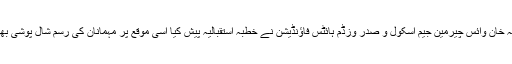
جناب سیف اللہ خان وائس چیرمین جیم اسکول و صدر وزڈم ہائٹس فاؤنڈیشن نے خطبہ استقبالیہ پیش کیا اسی موقع پر مہمانان کی رسم شال پوشی بھی ادا کی گئی۔